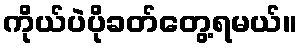
ကိုယ်ပဲပိုခတ်တွေ့ရမယ်။